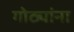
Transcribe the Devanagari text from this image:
गोठ्यांना